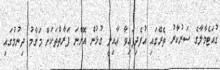
ގުއަޓެމާލާގެ ސަރުކާރު ތެރޭގައި އުފެދިފައިވާ ޢާއިލީ ގުޅުން އޮންނަ ފަރާތްތަކަށް މަޤާމު ދިނުމުގައި